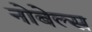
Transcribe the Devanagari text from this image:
नोबेल्स